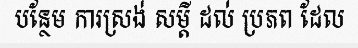
បន្ថែម ការស្រង់ សម្តី ដល់ ប្រភព ដែល